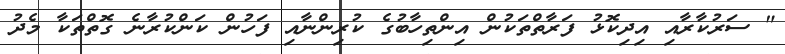
" ސަރުކާރާއި އިދިކޮޅު ފަރާތްތަކުން އިންތިހާބުގެ ކުރިންނާއި ފަހުން ކަންކުރާނެ ގޮތްތަކާ މެދު